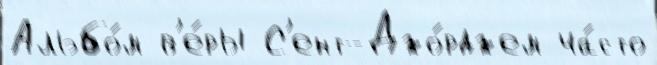
Альбо́м в'е́ры С'ент-Джо́рджем ча́сто